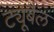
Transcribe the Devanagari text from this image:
ट्यूबैल